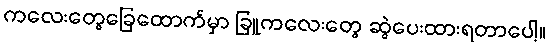
ကလေးတွေခြေထောက်မှာ ခြူကလေးတွေ ဆွဲပေးထားရတာပေါ့။